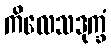
ကိလေသဒုက္ခံ